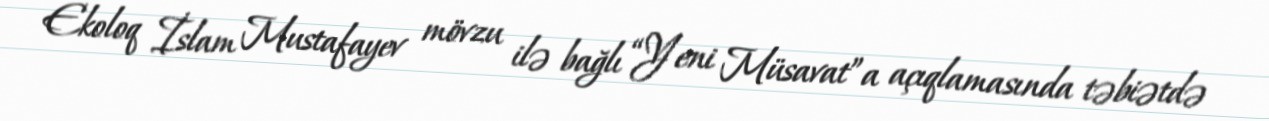
Ekoloq İslam Mustafayev mövzu ilə bağlı “Yeni Müsavat”a açıqlamasında təbiətdə